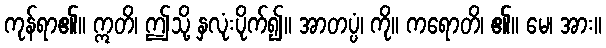
ကုန်ရာ၏။ ဣတိ၊ ဤသို့ နှလုံးပိုက်၍။ အာတပ္ပံ၊ ကို။ ကရောတိ၊ ၏။ မေ၊ အား။